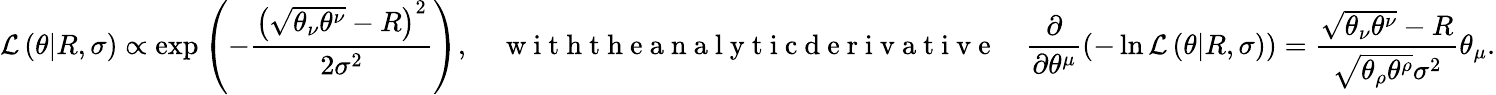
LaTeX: \mathcal{L}\left(\theta|R,\sigma\right)\propto\exp\left(-\frac{\left(\sqrt{\theta_{\nu}\theta^{\nu}}-R\right)^{2}}{2\sigma^{2}}\right),\quad\mathrm{~w~i~t~h~t~h~e~a~n~a~l~y~t~i~c~d~e~r~i~v~a~t~i~v~e~}\quad\frac{\partial}{\partial\theta^{\mu}}\left(-\ln\mathcal{L}\left(\theta|R,\sigma\right)\right)=\frac{\sqrt{\theta_{\nu}\theta^{\nu}}-R}{\sqrt{\theta_{\rho}\theta^{\rho}}\sigma^{2}}\theta_{\mu}.